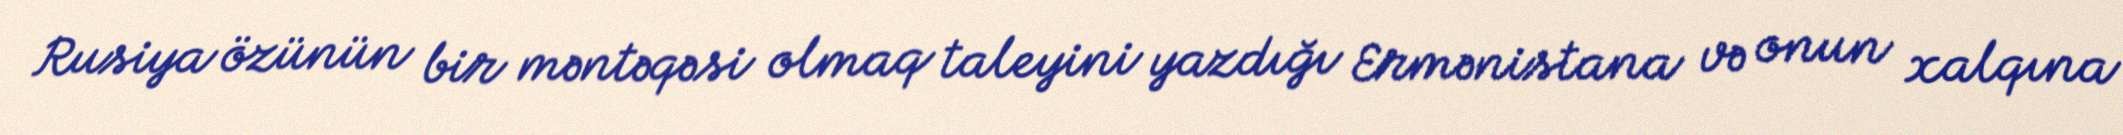
Rusiya özünün bir məntəqəsi olmaq taleyini yazdığı Ermənistana və onun xalqına